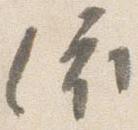
依